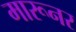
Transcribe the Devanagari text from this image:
मारूनर